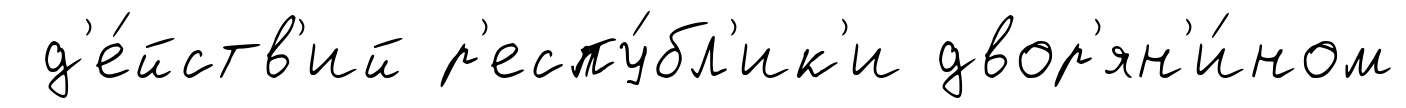
д'е́йств'ий р'еспу́бл'ик'и двор'ян'и́ном